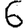
Digit: 6